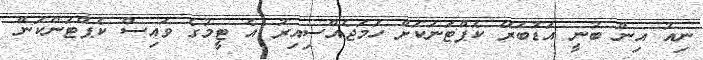
ނިއު އިން ބުނީ އަޑުބަރޭ ކެޕްޓަނަކަށް ހަމަޖެއްސިއިރު އެ ޓީމުގެ ވައިސް ކެޕްޓަންކަން